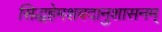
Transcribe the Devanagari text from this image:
सिद्धहेमशबदानुशासनम्